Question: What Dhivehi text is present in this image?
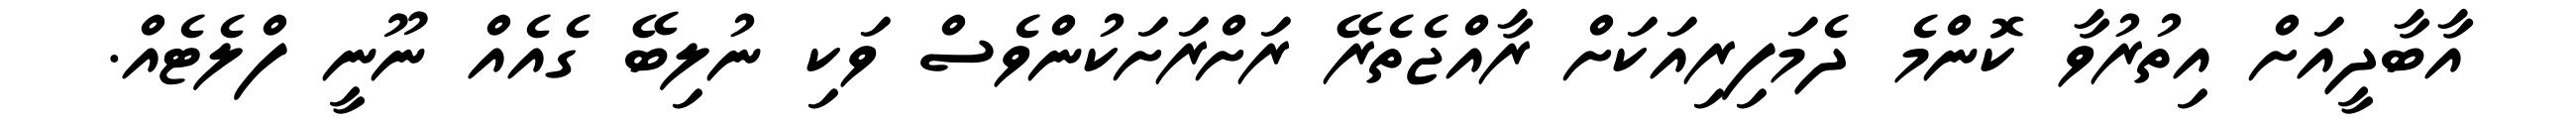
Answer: އާބާދީއަށް އިތުރުވާ ކޮންމެ ދެމަފިރިއަކަށް ރާއްޖެތެރޭ ރަށްރަށަކުންވެސް ވަކި ނުލިބޭ ގެއެއް ނޫނީ ފްލެޓެއް.